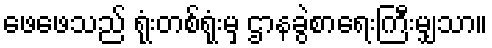
ဖေဖေသည် ရုံးတစ်ရုံးမှ ဌာနခွဲစာရေးကြီးမျှသာ။